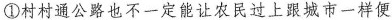
①村村通公路也不一定能让农民过上跟城市一样便